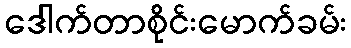
ဒေါက်တာစိုင်းမောက်ခမ်း